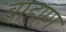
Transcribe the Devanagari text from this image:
ब्राहाण